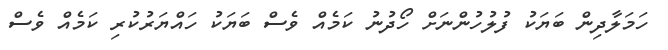
ހަމަލާދިން ބަޔަކު ފުލުހުންނަށް ހޯދުނު ކަމެއް ވެސް ބަޔަކު ހައްޔަރުކުރި ކަމެއް ވެސް